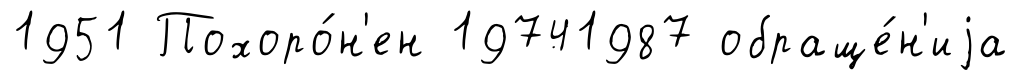
1951 Похоро́н'ен 19741987 обраще́н'иjа